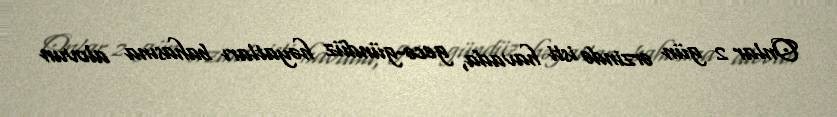
Onlar 2 gün ərzində isti havada, gecə-gündüz həyatları bahasına alovun